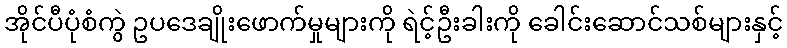
အိုင်ပီပုံစံကွဲ ဥပဒေချိုးဖောက်မှုများကို ရဲင့်ဦးခါးကို ခေါင်းဆောင်သစ်များနှင့်